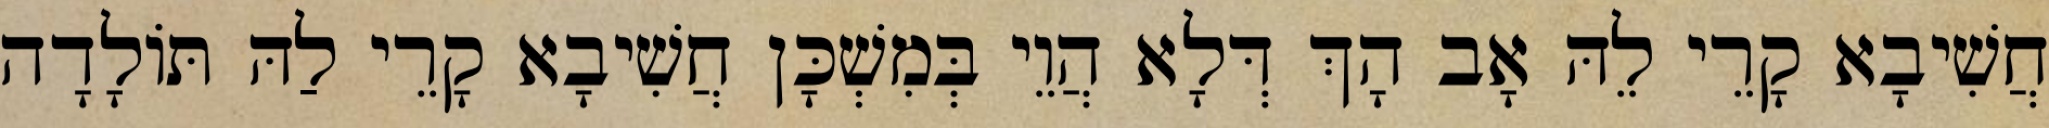
חֲשִׁיבָא קָרֵי לֵהּ אָב הָךְ דְּלָא הֲוֵי בְּמִשְׁכָּן חֲשִׁיבָא קָרֵי לַהּ תּוֹלָדָה